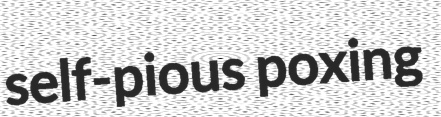
self-pious poxing